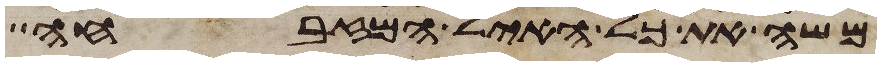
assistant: משה את כל האיל המזבחה